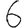
Digit: 6